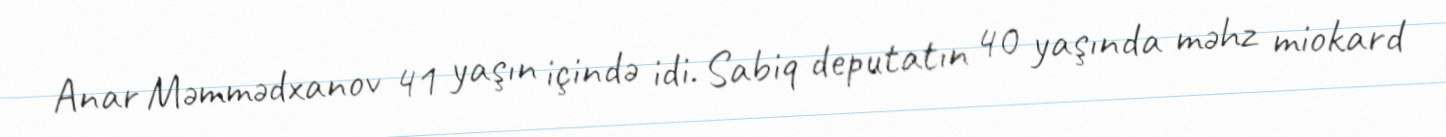
Anar Məmmədxanov 41 yaşın içində idi. Sabiq deputatın 40 yaşında məhz miokard